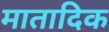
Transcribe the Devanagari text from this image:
मातादिक